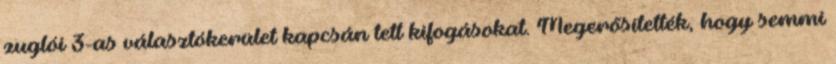
zuglói 3-as választókerület kapcsán tett kifogásokat. Megerősítették, hogy semmi